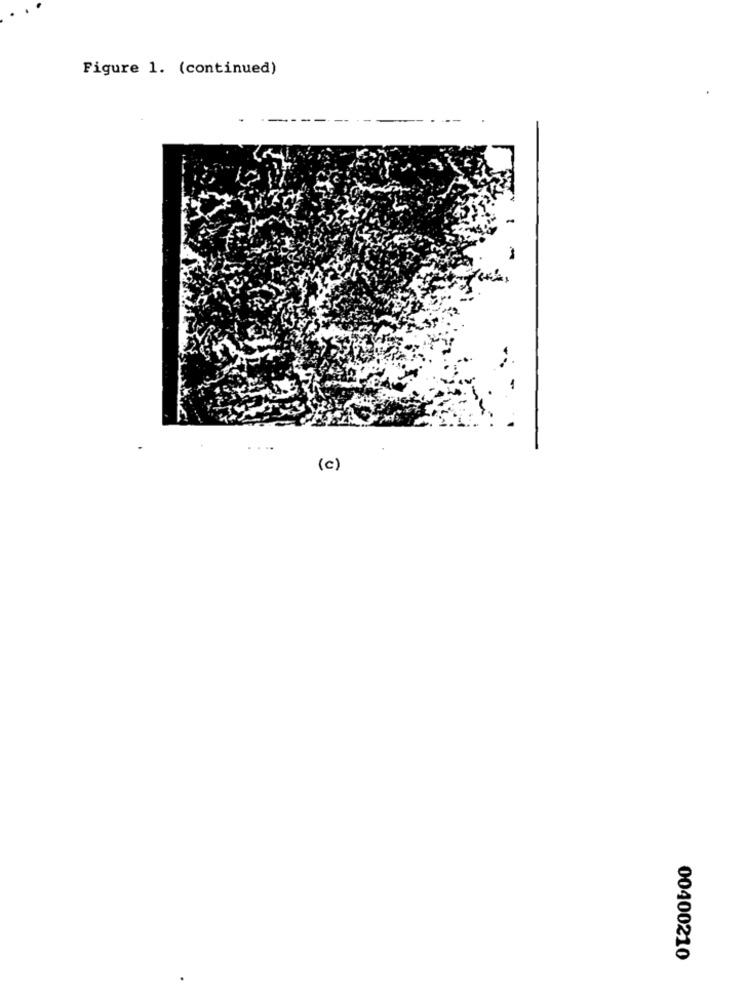
Figure 1. (continued)
(c)
00400210